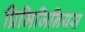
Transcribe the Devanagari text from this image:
प्रिमिजिनियस